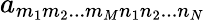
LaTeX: a_{m_{1}m_{2}...m_{M}n_{1}n_{2}...n_{N}}